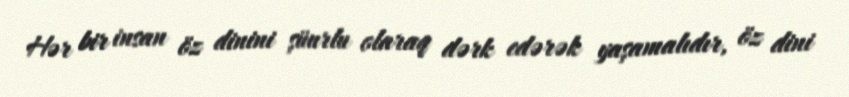
Hər bir insan öz dinini şüurlu olaraq dərk edərək yaşamalıdır, öz dini